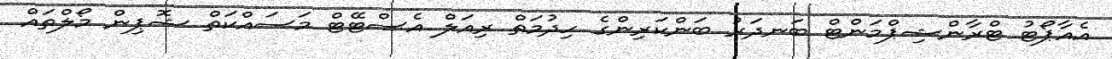
އެއާޕޯޓު ޓްރާންޝިޕްމަންޓް ބަނދަރު ބަންކަރިންގެ ހިދުމަތް ރިއަލް އެސްޓޭޓް މަސައްކަތް ޝޮޕިން މޯލްތައް